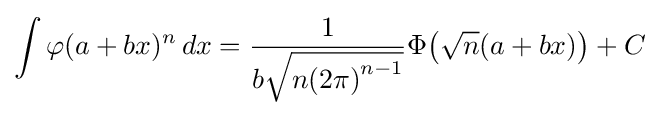
\int \varphi (a+bx)^{n}\,dx={\frac {1}{b{\sqrt {n{\left(2\pi \right)}^{n-1}}}}}\Phi {\left({\sqrt {n}}(a+bx)\right)}+C